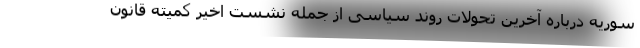
سوریه درباره آخرین تحولات روند سیاسی از جمله نشست اخیر کمیته قانون